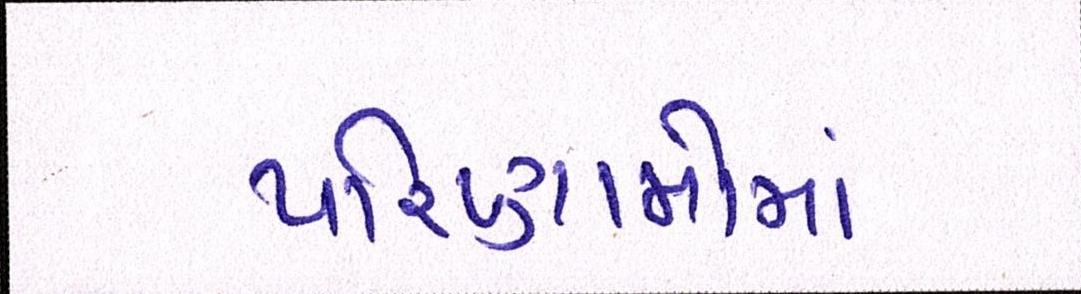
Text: પરિણામોમાં